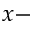
x -